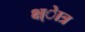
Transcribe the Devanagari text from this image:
क्ष्ेात्र